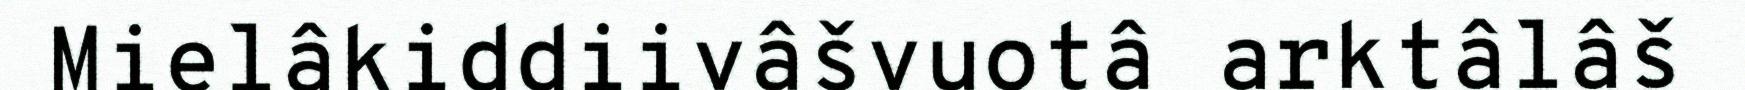
Mielâkiddiivâšvuotâ arktâlâš